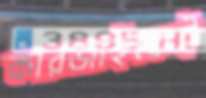
কারজাইকেই